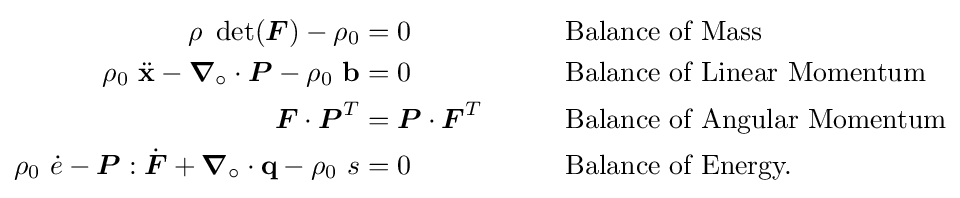
{\begin{aligned}\rho ~\det({\boldsymbol {F}})-\rho _{0}&=0&&\qquad {\text{Balance of Mass}}\\\rho _{0}~{\ddot {\mathbf {x} }}-{\boldsymbol {\nabla }}_{\circ }\cdot {\boldsymbol {P}}-\rho _{0}~\mathbf {b} &=0&&\qquad {\text{Balance of Linear Momentum}}\\{\boldsymbol {F}}\cdot {\boldsymbol {P}}^{T}&={\boldsymbol {P}}\cdot {\boldsymbol {F}}^{T}&&\qquad {\text{Balance of Angular Momentum}}\\\rho _{0}~{\dot {e}}-{\boldsymbol {P}}:{\dot {\boldsymbol {F}}}+{\boldsymbol {\nabla }}_{\circ }\cdot \mathbf {q} -\rho _{0}~s&=0&&\qquad {\text{Balance of Energy.}}\end{aligned}}